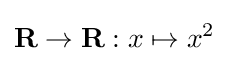
\mathbf {R} \to \mathbf {R} :x\mapsto x^{2}